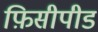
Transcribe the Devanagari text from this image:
फ़िसीपीड